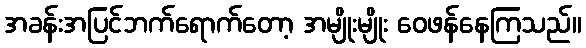
အခန်းအပြင်ဘက်ရောက်တော့ အမျိုးမျိုး ဝေဖန်နေကြသည်။